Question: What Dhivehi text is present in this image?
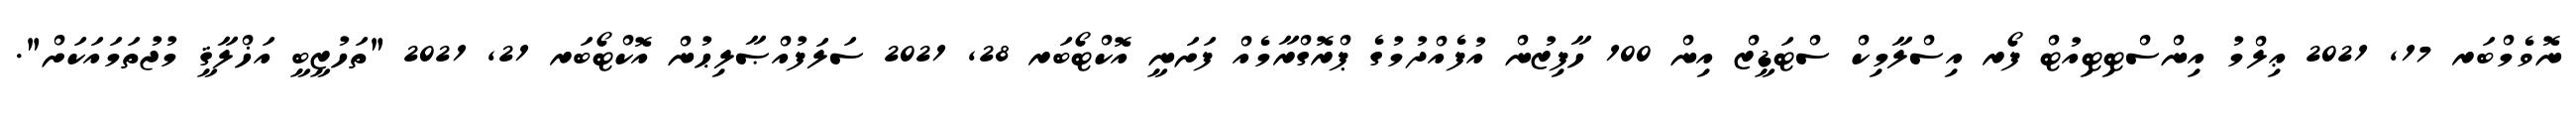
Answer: ނޮވެމްބަރ 17, 2021 ޢިލްމު އިންސްޓިޓިއުޓް ފޯރ އިސްލާމިކް ސްޓަޑީޒް އިން 100 ހާފިޒުން އުފެއްދުމުގެ ޕްރޮގްރާމެއް ފަށަނީ އޮކްޓޯބަރ 28, 2021 ސަލަފުއްޞާލިޙުން އޮކްޓޯބަރ 21, 2021 "ތަހުޒީބީ އަޚްލާޤީ މުޖުތަމައަކަށް".